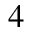
_ 4